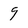
Character: 9